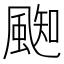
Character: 𩗨